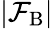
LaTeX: \vert\mathcal{F}_{\mathrm{{B}}}\vert